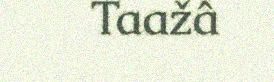
Taažâ